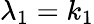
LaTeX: \lambda_{1}=k_{1}